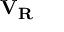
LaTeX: \mathbf { V _ { R } }